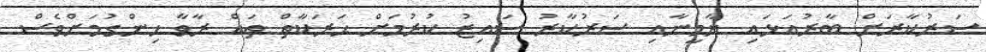
ސަރުކާރަށް ބާރުއަޅައި ޔާމީނާއި ސަރުކާރު ސައިޒު ކުރުމަށް ޙަރަކާތް ތައް ރާވާ ހިންގުމަށްވެސް